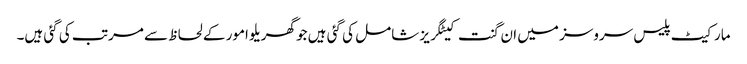
مارکیٹ پلیس سروسز میں ان گنت کیٹگریز شامل کی گئی ہیں جو گھریلو امور کے لحاظ سے مرتب کی گئی ہیں۔